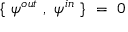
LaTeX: \{ ~ \psi ^ { o u t } ~ , ~ \psi ^ { i n } ~ \} ~ = ~ 0 ~